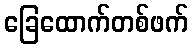
ခြေထောက်တစ်ဖက်